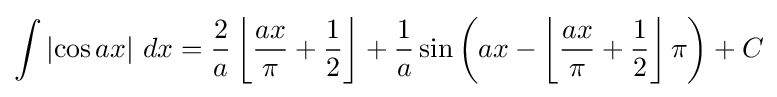
\int \left|\cos {ax}\right|\,dx={2 \over a}\left\lfloor {\frac {ax}{\pi }}+{\frac {1}{2}}\right\rfloor +{1 \over a}\sin {\left(ax-\left\lfloor {\frac {ax}{\pi }}+{\frac {1}{2}}\right\rfloor \pi \right)}+C